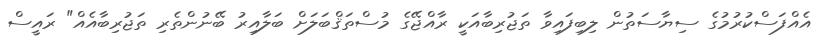
އެއްފަސްކުރުމުގެ ސިޔާސަތުން ލިބިފައިވާ ތަޖުރިބާއަކީ ރާއްޖޭގެ މުސްތަޤްބަލަށް ބަލާއިރު ބޭނުންތެރި ތަޖުރިބާއެއް" ރައީސް